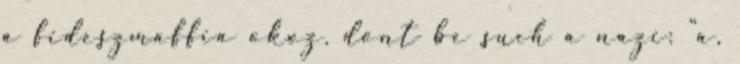
a fideszmaffia okoz. dont be such a nazi: "a,